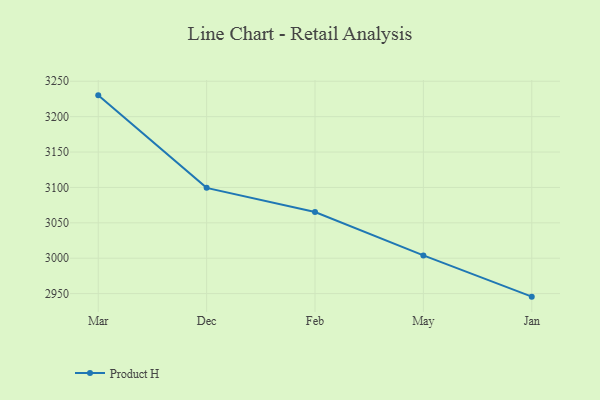
{"axis": {"x": "Month", "y": "Satisfaction Score"}, "legend": ["Product H"], "data": [{"x": "Mar", "y": 3230.1, "type": "Product H"}, {"x": "Dec", "y": 3099.4, "type": "Product H"}, {"x": "Feb", "y": 3065.3, "type": "Product H"}, {"x": "May", "y": 3004.0, "type": "Product H"}, {"x": "Jan", "y": 2945.7, "type": "Product H"}]}